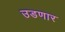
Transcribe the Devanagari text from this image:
उडणार